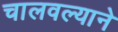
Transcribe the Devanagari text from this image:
चालवल्याने